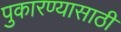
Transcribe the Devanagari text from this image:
पुकारण्यासाठी